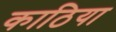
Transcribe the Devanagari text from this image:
काठिया